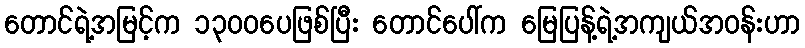
တောင်ရဲ့အမြင့်က ၁၃၀၀ပေဖြစ်ပြီး တောင်ပေါ်က မြေပြန့်ရဲ့အကျယ်အဝန်းဟာ